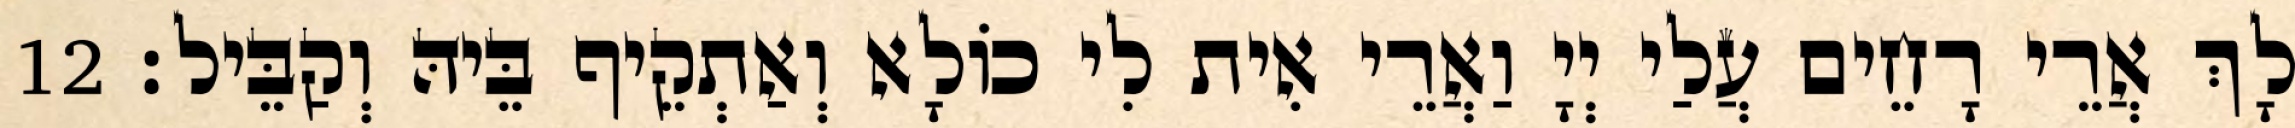
לָךְ אֲרֵי רָחֵים עֲלַי יְיָ וַאֲרֵי אִית לִי כוֹלָא וְאַתְקֵיף בֵּיהּ וְקַבֵּיל׃ 12